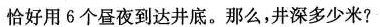
恰好用6个昼夜到达井底。那么，井深多少米?